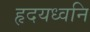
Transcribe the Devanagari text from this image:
हृदयध्वनि